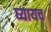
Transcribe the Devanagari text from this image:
घ्यायच